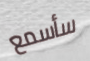
سأسمع